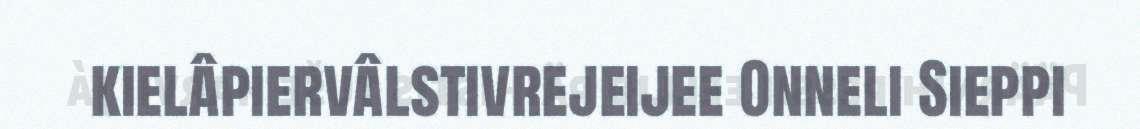
kielâpiervâlstivrejeijee Onneli Sieppi